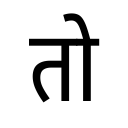
OCR:
तो